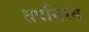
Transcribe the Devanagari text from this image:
तपनिरत